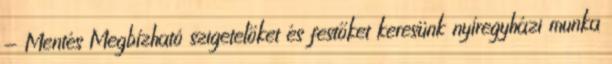
- Mentés Megbízható szigetelőket és festőket keresünk nyíregyházi munka